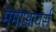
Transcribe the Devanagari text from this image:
मेमोआयर्स